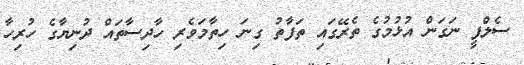
ސެލްފީ ނަގަން އުޅުމުގެ ތެރޭގައި ތަފާތު ގިނަ ހިތާމަވެރި ހާދިސާތައް ދުނިޔާގެ ހުރިހާ